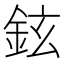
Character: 鉉